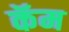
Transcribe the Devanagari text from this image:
कॅम